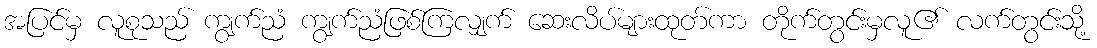
အပြင်မှ လူစုသည် ကျွက်ညံ ကျွက်ညံဖြစ်ကြလျှက် ဆေးလိပ်များထုတ်ကာ တိုက်တွင်းမှလူ၏ လက်တွင်းသို့